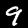
Label: 9